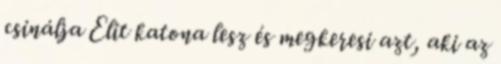
csinálja Elit katona lesz és megkeresi azt, aki az